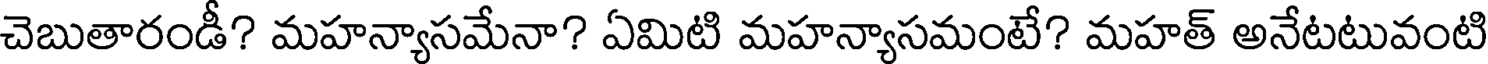
చెబుతారండీ? మహన్యాసమేనా? ఏమిటి మహన్యాసమంటే? మహత్ అనేటటువంటి